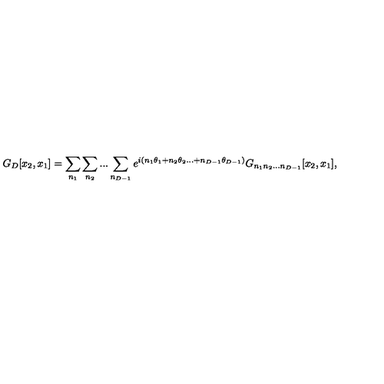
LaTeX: G _ { D } [ x _ { 2 } , x _ { 1 } ] = \sum _ { n _ { 1 } } \sum _ { n _ { 2 } } . . . \sum _ { n _ { D - 1 } } e ^ { i ( n _ { 1 } \theta _ { 1 } + n _ { 2 } \theta _ { 2 } . . . + n _ { D - 1 } \theta _ { D - 1 } ) } G _ { n _ { 1 } n _ { 2 } . . . n _ { D - 1 } } [ x _ { 2 } , x _ { 1 } ] ,